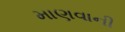
માણવાની